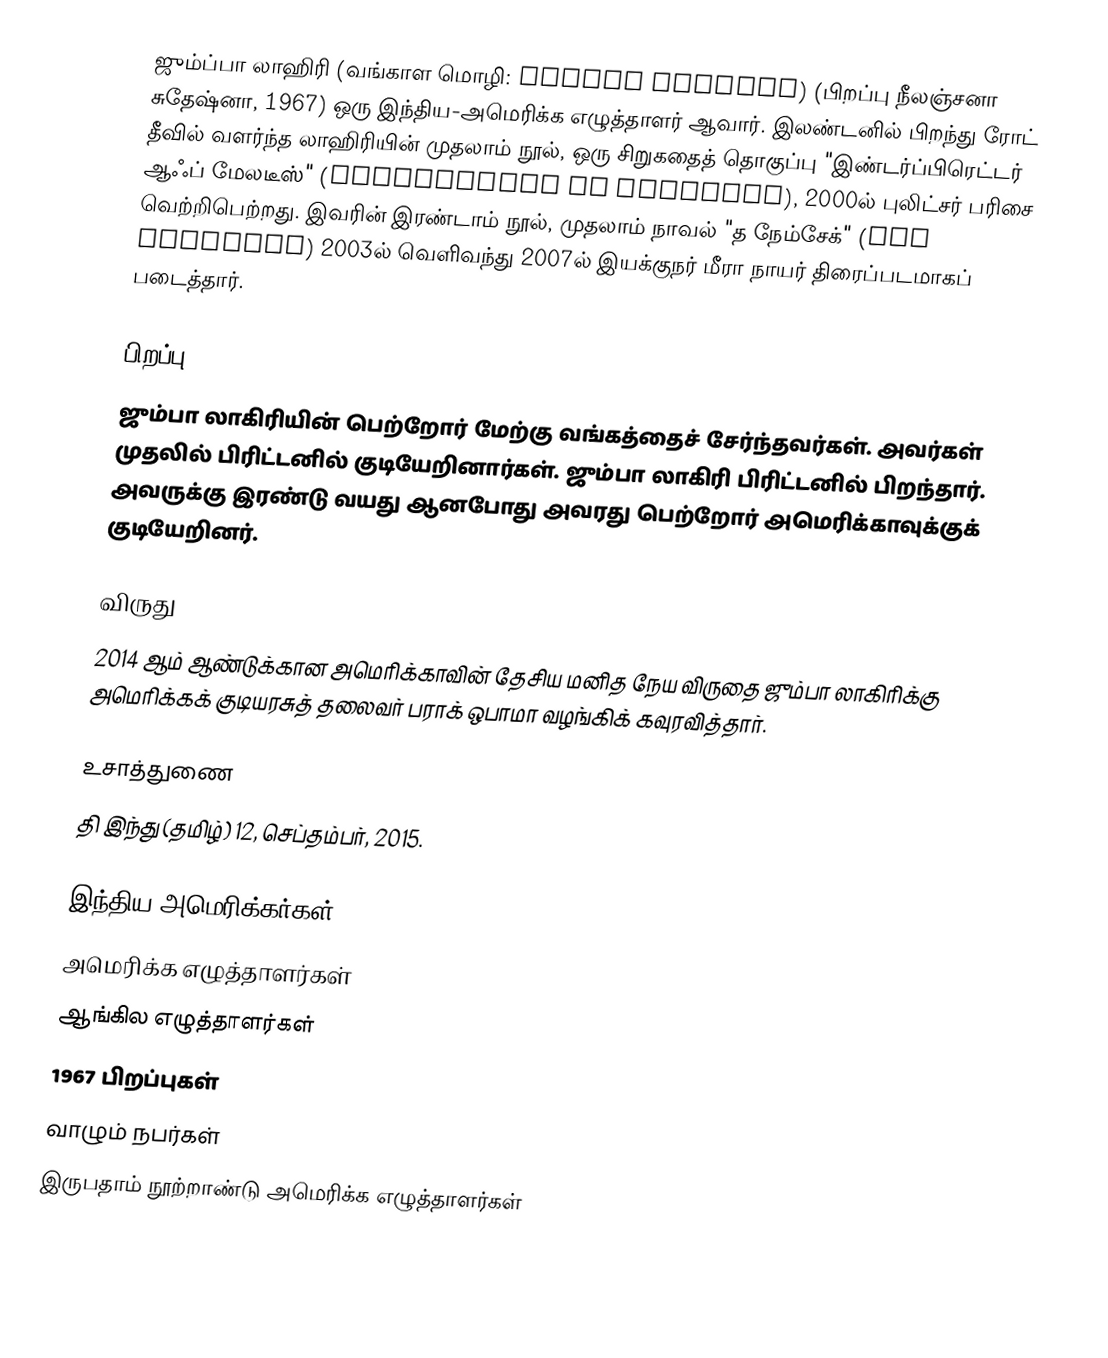
ஜும்ப்பா லாஹிரி (வங்காள மொழி: ঝুম্পা লাহিড়ী)  (பிறப்பு நீலஞ்சனா சுதேஷ்னா, 1967)  ஒரு இந்திய-அமெரிக்க எழுத்தாளர் ஆவார். இலண்டனில் பிறந்து ரோட் தீவில் வளர்ந்த லாஹிரியின் முதலாம் நூல், ஒரு சிறுகதைத் தொகுப்பு "இண்டர்ப்பிரெட்டர் ஆஃப் மேலடீஸ்" (Interpreter Of Maladies), 2000ல் புலிட்சர் பரிசை வெற்றிபெற்றது. இவரின் இரண்டாம் நூல், முதலாம் நாவல் "த நேம்சேக்" (The Namesake) 2003ல் வெளிவந்து 2007ல் இயக்குநர் மீரா நாயர் திரைப்படமாகப் படைத்தார்.

பிறப்பு
ஜும்பா லாகிரியின் பெற்றோர் மேற்கு வங்கத்தைச் சேர்ந்தவர்கள். அவர்கள் முதலில் பிரிட்டனில் குடியேறினார்கள். ஜும்பா லாகிரி பிரிட்டனில் பிறந்தார்.  அவருக்கு இரண்டு வயது ஆனபோது அவரது பெற்றோர் அமெரிக்காவுக்குக் குடியேறினர்.

விருது
2014 ஆம் ஆண்டுக்கான அமெரிக்காவின் தேசிய மனித நேய விருதை ஜும்பா லாகிரிக்கு அமெரிக்கக் குடியரசுத் தலைவர் பராக் ஒபாமா வழங்கிக் கவுரவித்தார்.

உசாத்துணை
தி இந்து (தமிழ்) 12, செப்தம்பர், 2015.

இந்திய அமெரிக்கர்கள்
அமெரிக்க எழுத்தாளர்கள்
ஆங்கில எழுத்தாளர்கள்
1967 பிறப்புகள்
வாழும் நபர்கள்
இருபதாம் நூற்றாண்டு அமெரிக்க எழுத்தாளர்கள்